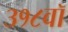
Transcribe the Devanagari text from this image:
३१८वॉ